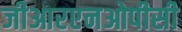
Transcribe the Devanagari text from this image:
जीआरएनओपीसी